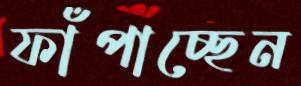
ফাঁপাচ্ছেন